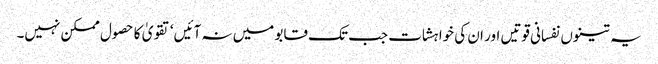
یہ تینوں نفسانی قوتیں اور ان کی خواہشات جب تک قابو میں نہ آئیں‘ تقویٰ کا حصول ممکن نہیں۔